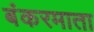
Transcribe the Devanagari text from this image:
बंकरमाता